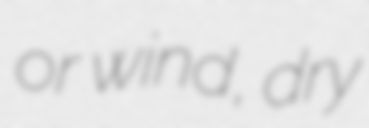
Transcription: or wind, dry